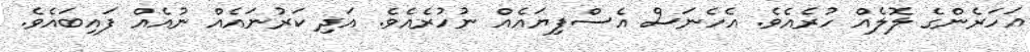
އަހަރެންގެ ލޮލެއް ހުރެއެވެ. އެހެނަސް އެސްފިޔައެއް ނުހުރެއެވެ. އަދި ކަރުނައެއް ނުއެއް ފައިބައެވެ.